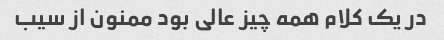
در یک کلام همه چیز عالی بود ممنون از سیب